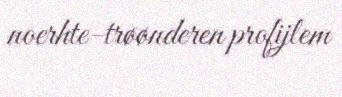
noerhte-trøønderen profijlem